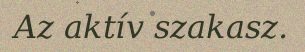
Az aktív szakasz.